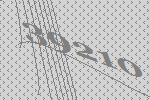
39210